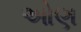
ઓણ